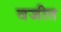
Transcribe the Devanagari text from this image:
वजीत